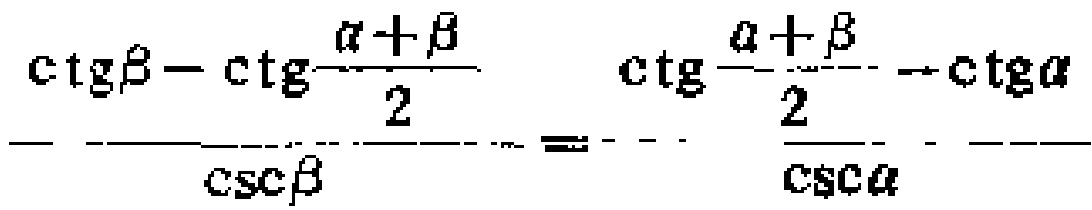
\(\frac{\mathrm{ctg}\beta - \mathrm{ctg}\frac{\alpha+\beta}{2}}{\mathrm{csc}\beta}=\frac{\mathrm{ctg}\frac{\alpha+\beta}{2}-\mathrm{ctg}\alpha}{\mathrm{csc}\alpha}\)